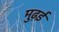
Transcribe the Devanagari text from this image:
मुढ़ई